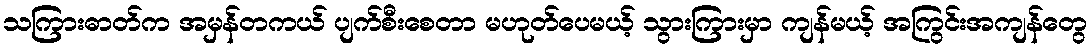
သကြားဓာတ်က အမှန်တကယ် ပျက်စီးစေတာ မဟုတ်ပေမယ့် သွားကြားမှာ ကျန်မယ့် အကြွင်းအကျန်တွေ